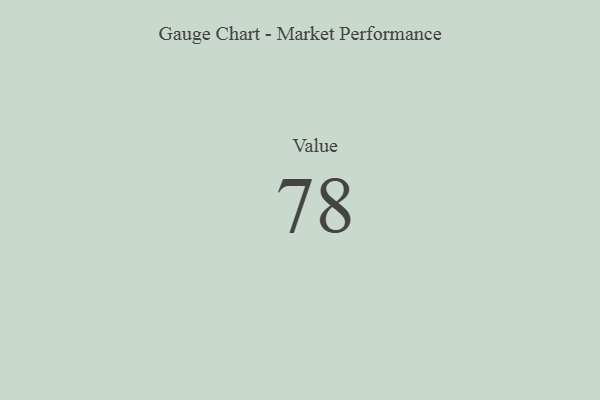
{"axis": {"x": "Metric", "y": "Value"}, "legend": [""], "data": [{"x": "Value", "y": 78, "type": ""}]}